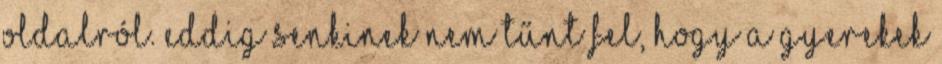
oldalról. Eddig senkinek nem tűnt fel, hogy a gyerekek